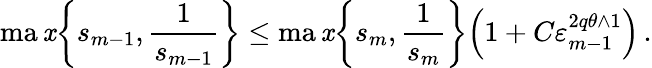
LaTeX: \operatorname*{ma\mathit{x}}\biggl\{ s_{m-1},\frac{1}{{s_{m-1}}}\biggr\} \leq\operatorname*{ma\mathit{x}}\biggl\{ s_{m},\frac{1}{{s_{m}}}\biggr\} \Bigl(1+C\varepsilon_{m-1}^{2q\theta\wedge1}\Bigr)\, .